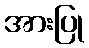
အားပြု